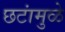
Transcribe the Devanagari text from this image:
छटांमुळे